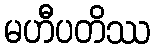
မဟီပတိဿ